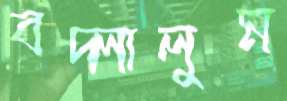
বদ্‌লালুম